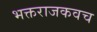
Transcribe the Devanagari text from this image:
भक्तराजकवच